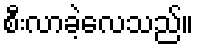
စီးလာခဲ့လေသည်။